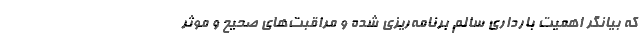
که بیانگر اهمیت بارداری سالم برنامه‌ریزی شده و مراقبت‌های صحیح و موثر